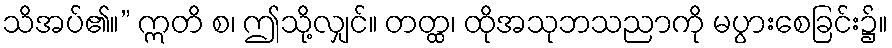
သိအပ်၏။” ဣတိ စ၊ ဤသို့လျှင်။ တတ္ထ၊ ထိုအသုဘသညာကို မပွားစေခြင်း၌။